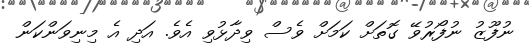
ނުފޫޒު ނުފޯރުވޭ ގޮތަށް ކަމަށް ވެސް ވިދާޅުވި އެވެ. އަދި އެ މިނިވަންކަން